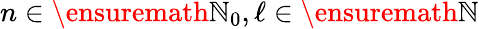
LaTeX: n\in\ensuremath{\mathbb{N}}_{0},\ell\in\ensuremath{\mathbb{N}}